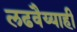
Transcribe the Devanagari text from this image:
लढवैय्याही